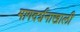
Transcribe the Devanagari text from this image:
मागदर्शनाखाली